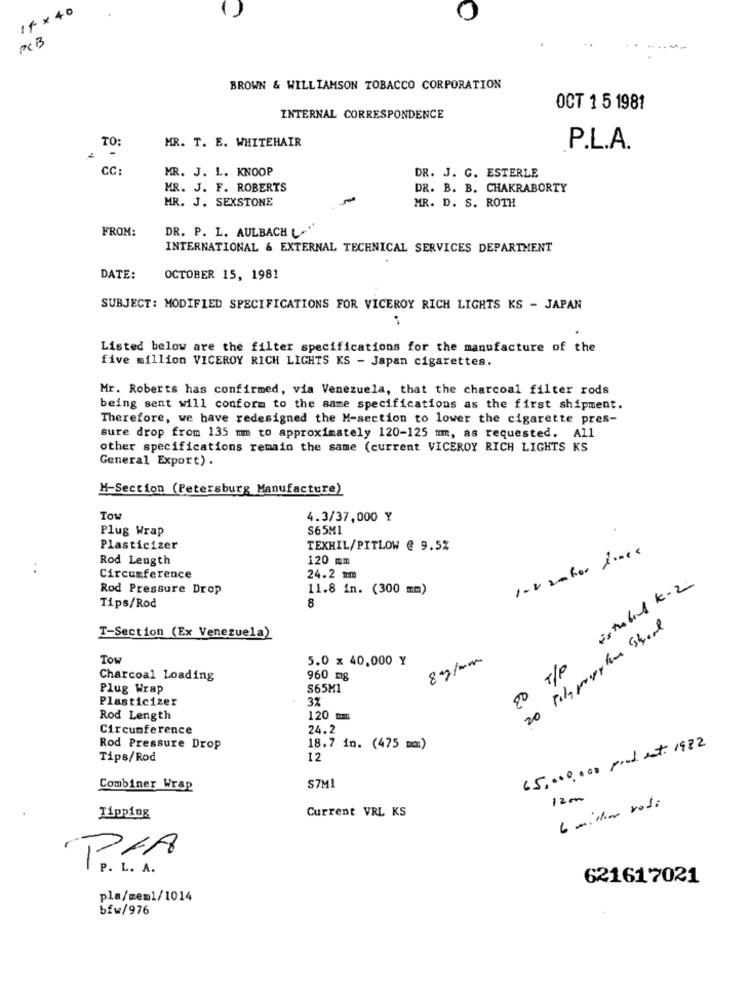
14 ×40
()
PCB
BROWN & WILLIAMSON TOBACCO CORPORATION
OCT 1 5 1981
INTERNAL CORRESPONDENCE
TO:
MR. T. E. WHITEHAIR
P.L.A.
CC:
MR. J. L. KNOOP
DR. J. G. ESTERLE
MR. J. F. ROBERTS
DR. B. B. CHAKRABORTY
MR. J. SEXSTONE
MR. D. S. ROTH
FROM:
DR. P. L. AULBACH L."
INTERNATIONAL & EXTERNAL TECHNICAL SERVICES DEPARTMENT
DATE:
OCTOBER 15, 1981
SUBJECT: MODIFIED SPECIFICATIONS FOR VICEROY RICH LIGHTS KS - JAPAN
Listed below are the filter specifications for the manufacture of the
five million VICEROY RICH LIGHTS KS - Japan cigarettes.
Mr. Roberts has confirmed, via Venezuela, that the charcoal filter rods
being sent will conform to the same specifications as the first shipment.
Therefore, we have redesigned the M-section to lower the cigarette pres-
sure drop from 135 mm to approximately 120-125 mm, as requested. All
other specifications remain the same (current VICEROY RICH LIGHTS KS
General Export) .
M-Section (Petersburg Manufacture)
TOw
4.3/37,000 Y
Plug Wrap
S65M1
Plasticizer
TEXHIL/PITLOW @ 9.5%
1-2 20for fines
Rod Length
120 mm
. .
Circumference
24.2 mm
20 T/P Estrobul k-2
Rod Pressure Drop
11.8 in. (300 mm)
Tips/Rod
8
T-Section (Ex Venezuela)
Tow
5.0 x 40,000 Y
87/mm
Charcoal Loading
960 mg
Plug Wrap
S65M1
Plasticizer
3%
Rod Length
120 tmn
Circumference
24.2
65,000,000 pood enti 1972
Rod Pressure Drop
18.7 in. (475 mm)
Tips/Rod
12
Combiner Wrap
S7M1
120
6 million rodi
Current VRL KS
Tipping
PLA
P . L . A .
621617021
pla/mem1/1014
bfw/976